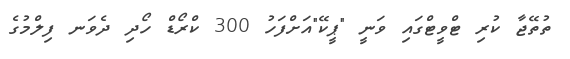
ތުތޭޖާ ކުރި ޓްވީޓްގައި ވަނީ "ޕީކޭ"އަށްފަހު 300 ކްރޯޑް ހޯދި ދެވަނ ފިލްމުގެ